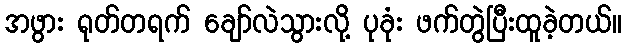
အဖွား ရုတ်တရက် ချော်လဲသွားလို့ ပုခုံး ဖက်တွဲပြီးထူခဲ့တယ်။